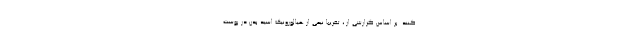
کنند. بر اساس گزارشی از ، تقریبا نیمی از هیالورونیک اسید بدن در پوست